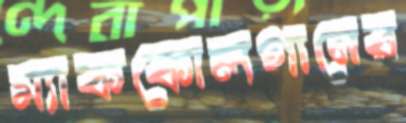
ম্যাককোলগানের